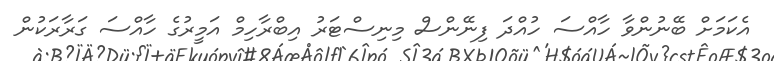
އެކަމަށް ބޭނުންވާ ހާއްސަ ހުއްދަ ފިނޭންސް މިނިސްޓަރު އިބްރާހިމް އަމީރުގެ ހާއްސަ ގަރާރަކުން